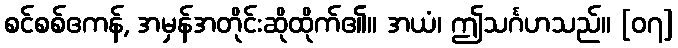
စင်စစ်ဧကန်, အမှန်အတိုင်းဆိုထိုက်၏။ အယံ၊ ဤသင်္ဂဟသည်။ [၀၇]